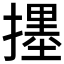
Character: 𱠳